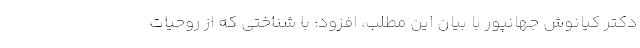
دکتر کیانوش جهانپور با بیان این مطلب، افزود: با شناختی که از روحیات